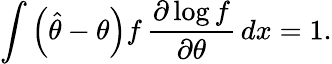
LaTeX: \int\left({\hat{\theta}}-\theta\right)f\, {\frac{\partial\log f}{\partial\theta}}\, dx=1.